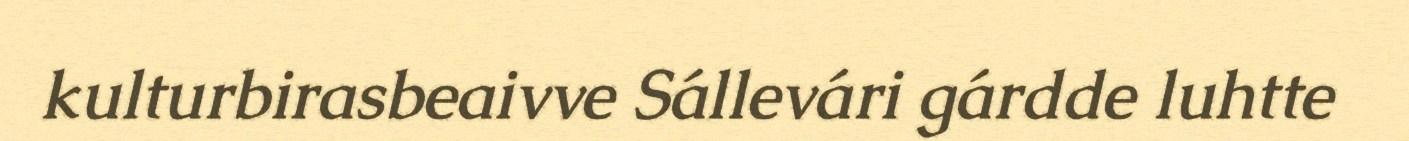
kulturbirasbeaivve Sállevári gárdde luhtte